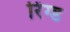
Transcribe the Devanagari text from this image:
रिंग्ड